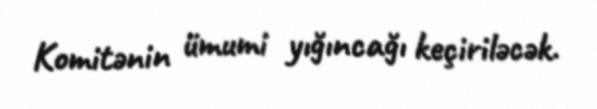
Komitənin ümumi yığıncağı keçiriləcək.